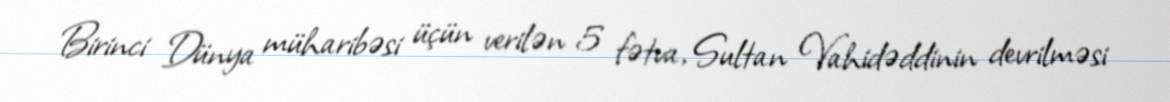
Birinci Dünya müharibəsi üçün verilən 5 fətva, Sultan Vahidəddinin devrilməsi